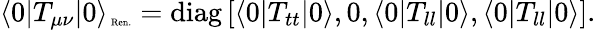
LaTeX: \langle 0|T_{\mu\nu}|0\rangle_{\mathrm{\tiny~Ren.}}=\mathrm{diag}\left[\langle 0|T_{tt}|0\rangle,0,\langle 0|T_{ll}|0\rangle,\langle 0|T_{ll}|0\rangle\right].